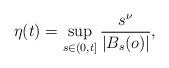
LaTeX: \begin{align*}\eta(t) = \sup_{s \in (0,t]} \frac{s^\nu}{|B_s(o)|},\end{align*}